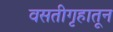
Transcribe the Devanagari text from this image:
वसतीगृहातून